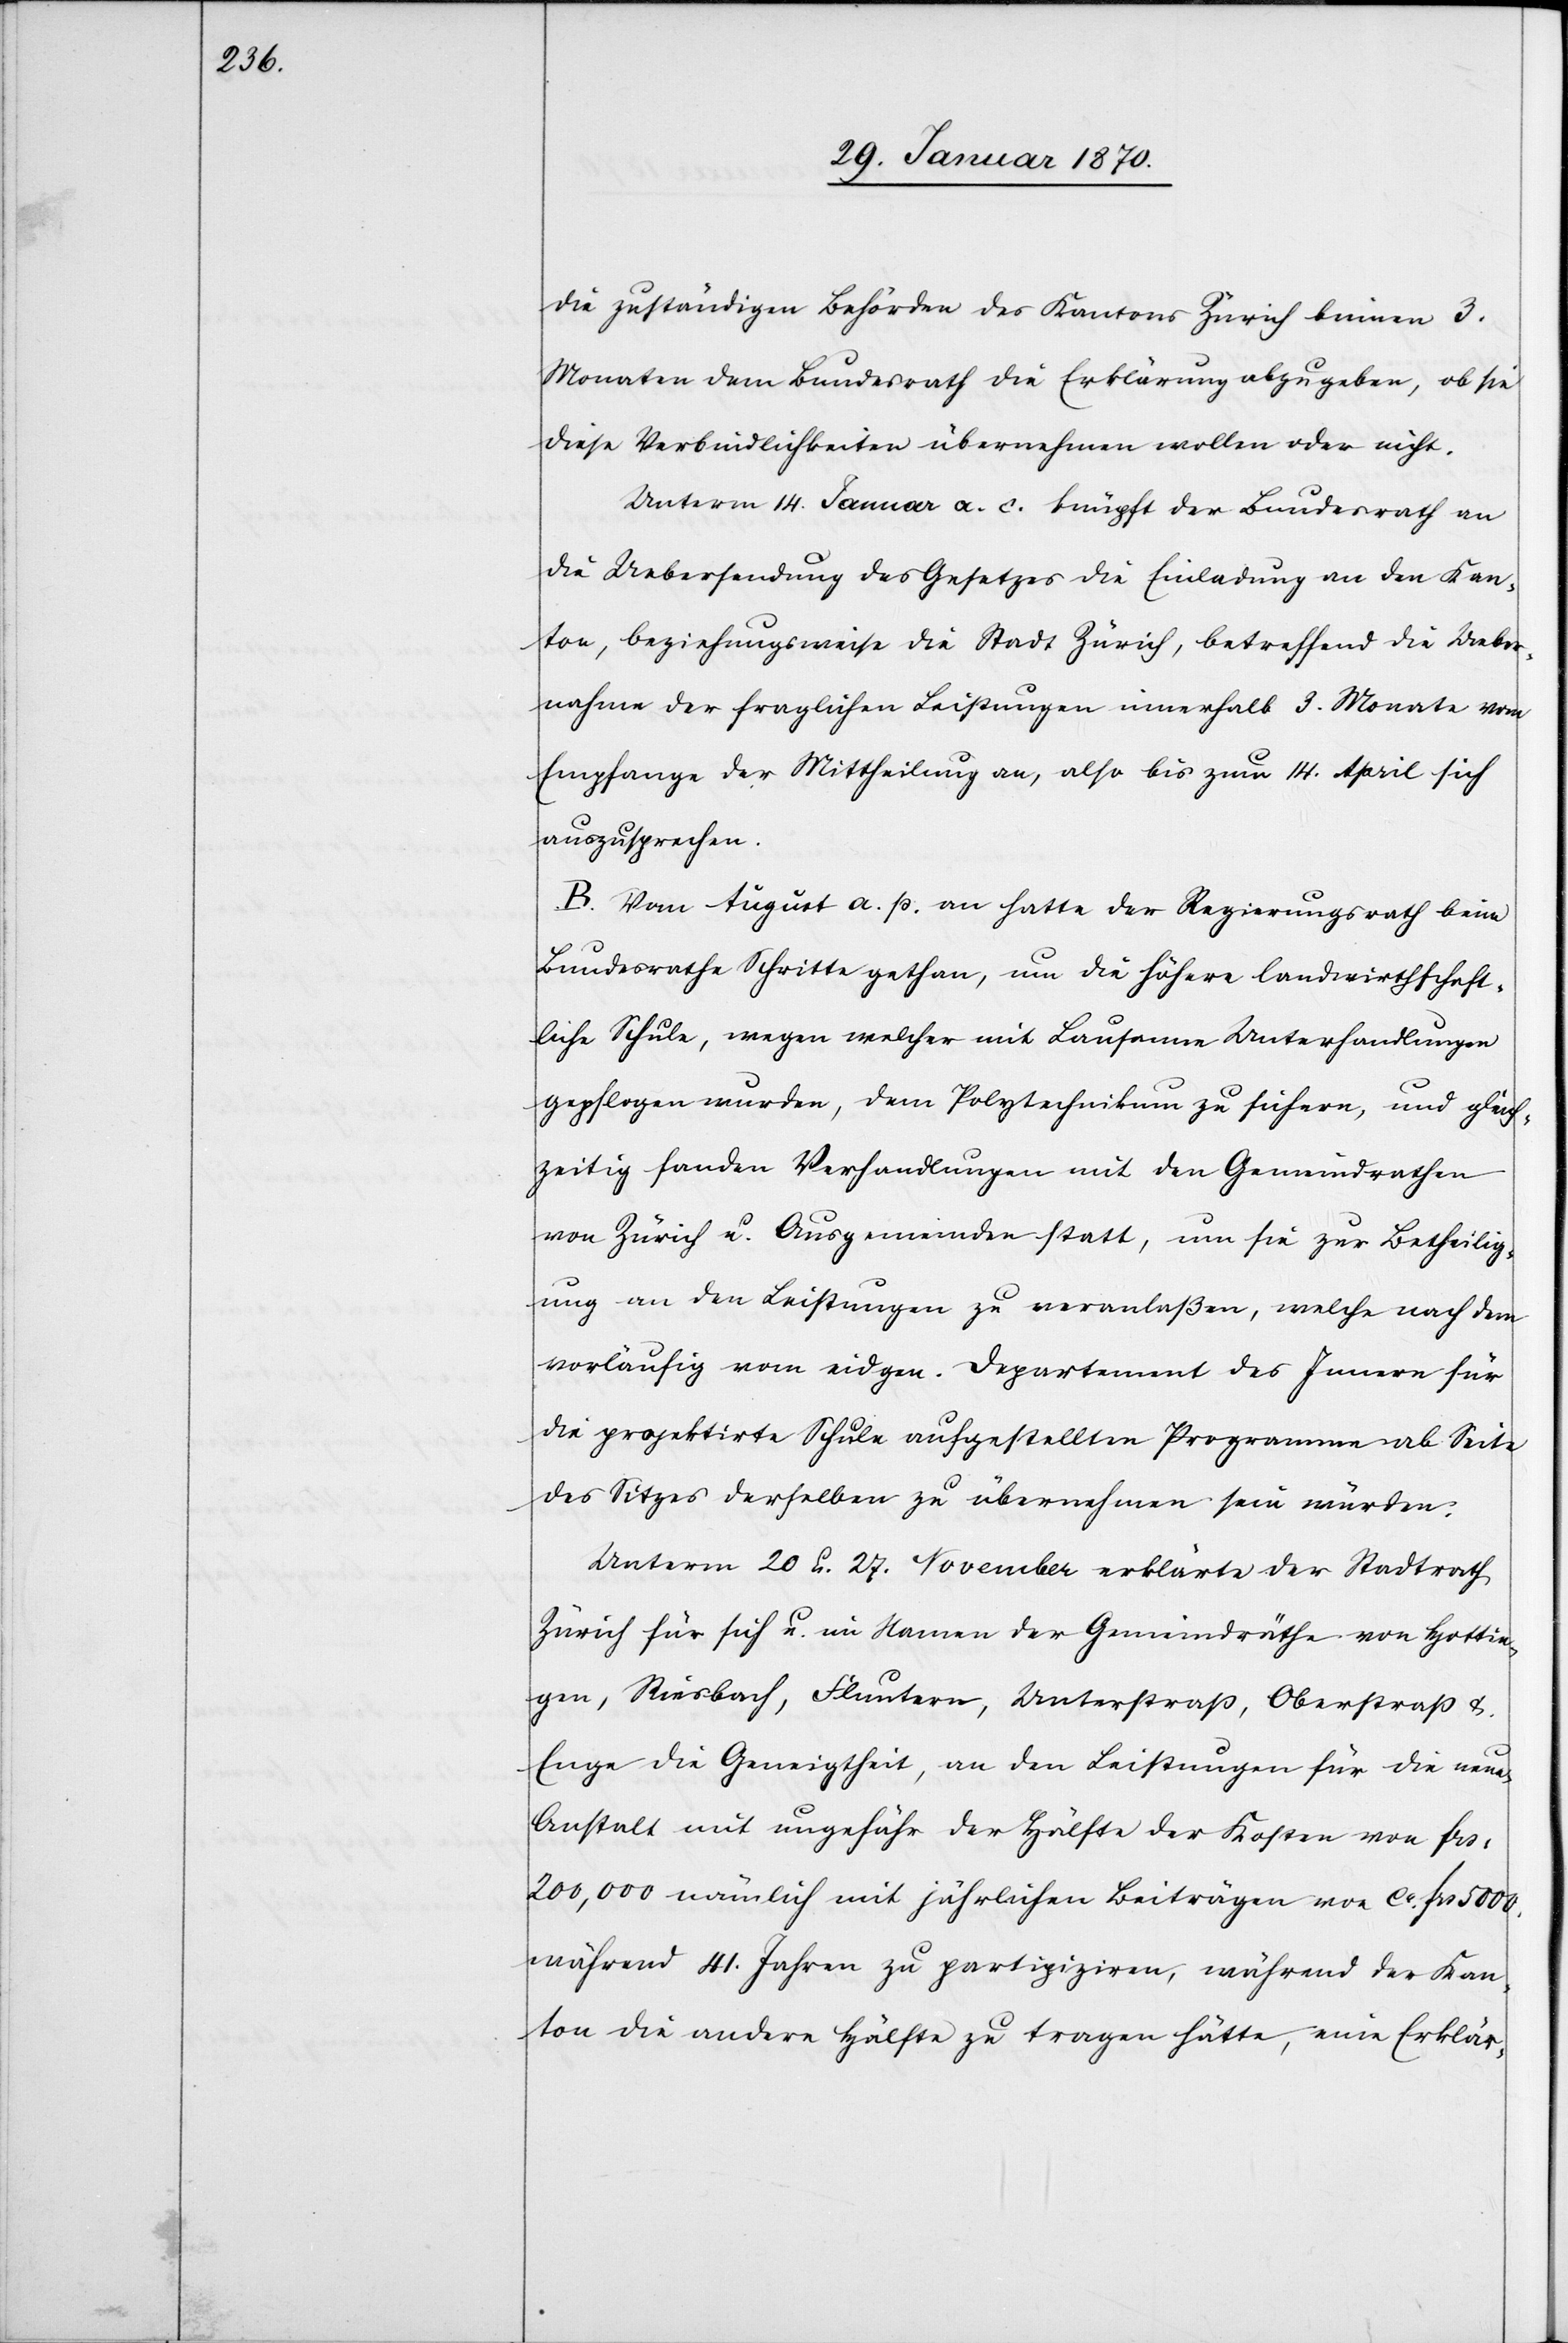
die zuständigen Behörden des Kantons Zürich binnen 3.
Monaten dem Bundesrath die Erklärung abzugeben, ob sie
diese Verbindlichkeiten übernehmen wollen oder nicht.
Unterm 14. Januar a. c. knüpft der Bundesrath an
die Uebersendung des Gesetzes die Einladung an den Kan¬
ton, beziehungsweise die Stadt Zürich, betreffend die Ueber¬
nahme der fraglichen Leistungen innerhalb 3. Monate vom
Empfange der Mittheilung an, also bis zum 14. April sich
auszusprechen.
B. Vom August a. p. an hatte der Regierungsrath beim
Bundesrathe Schritte gethan, um die höhere landwirthschaft¬
liche Schule, wegen welcher mit Lausanne Unterhandlungen
gepflogen wurden, dem Polytechnikum zu sichern, und gleich¬
zeitig fanden Verhandlungen mit den Gemeindrathen
von Zürich u. Ausgemeinden statt, um sie zur Betheilig¬
ung an den Leistungen zu veranlaßen, welche nach dem
vorläufig vom eidgen. Departement des Innern für
die projektirte Schule aufgestellten Programme ab Seite
des Sitzes derselben zu übernehmen sein würden.
Unterm 20. u. 27. November erklärte der Stadtrath
Zürich für sich u. im Namen der Gemeindräthe von Hottin¬
gen, Riesbach, Fluntern, Unterstraß, Oberstraß u.
Enge die Geneigtheit, an den Leistungen für die neue
Anstalt mit ungefähr der Hälfte der Kosten von frs:
200,000 nämlich mit jährlichen Beiträgen von ca. frs. 5000.
während 41. Jahren zu partipiziren [sic!], während der Kan¬
ton die andere Hälfte zu tragen hätte, eine Erklär-